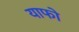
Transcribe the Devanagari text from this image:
याफो